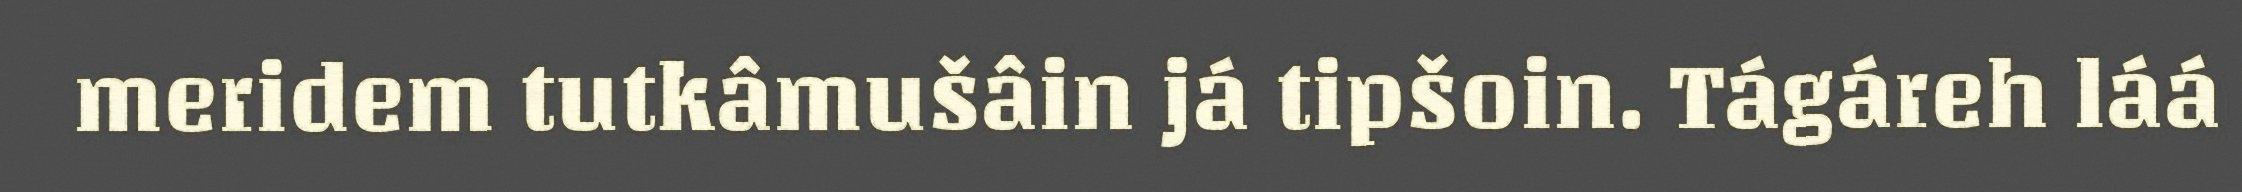
meridem tutkâmušâin já tipšoin. Tágáreh láá